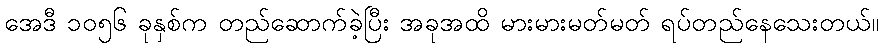
အေဒီ ၁၀၅၆ ခုနှစ်က တည်ဆောက်ခဲ့ပြီး အခုအထိ မားမားမတ်မတ် ရပ်တည်နေသေးတယ်။